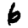
Digit: 6